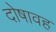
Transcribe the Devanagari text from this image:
दोषावह